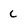
Character: c